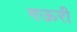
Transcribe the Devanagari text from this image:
गऊरी